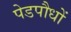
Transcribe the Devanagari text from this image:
पेडपौधों